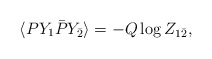
\begin{align*} \langle PY_{1} \bar{P}Y_{\bar{2}}\rangle = - Q \log Z_{1\bar{2}},\end{align*}